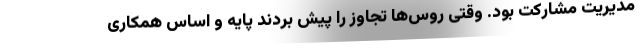
مدیریت مشارکت بود. وقتی روس‌ها تجاوز را پیش بردند پایه و اساس همکاری